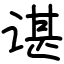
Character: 谌